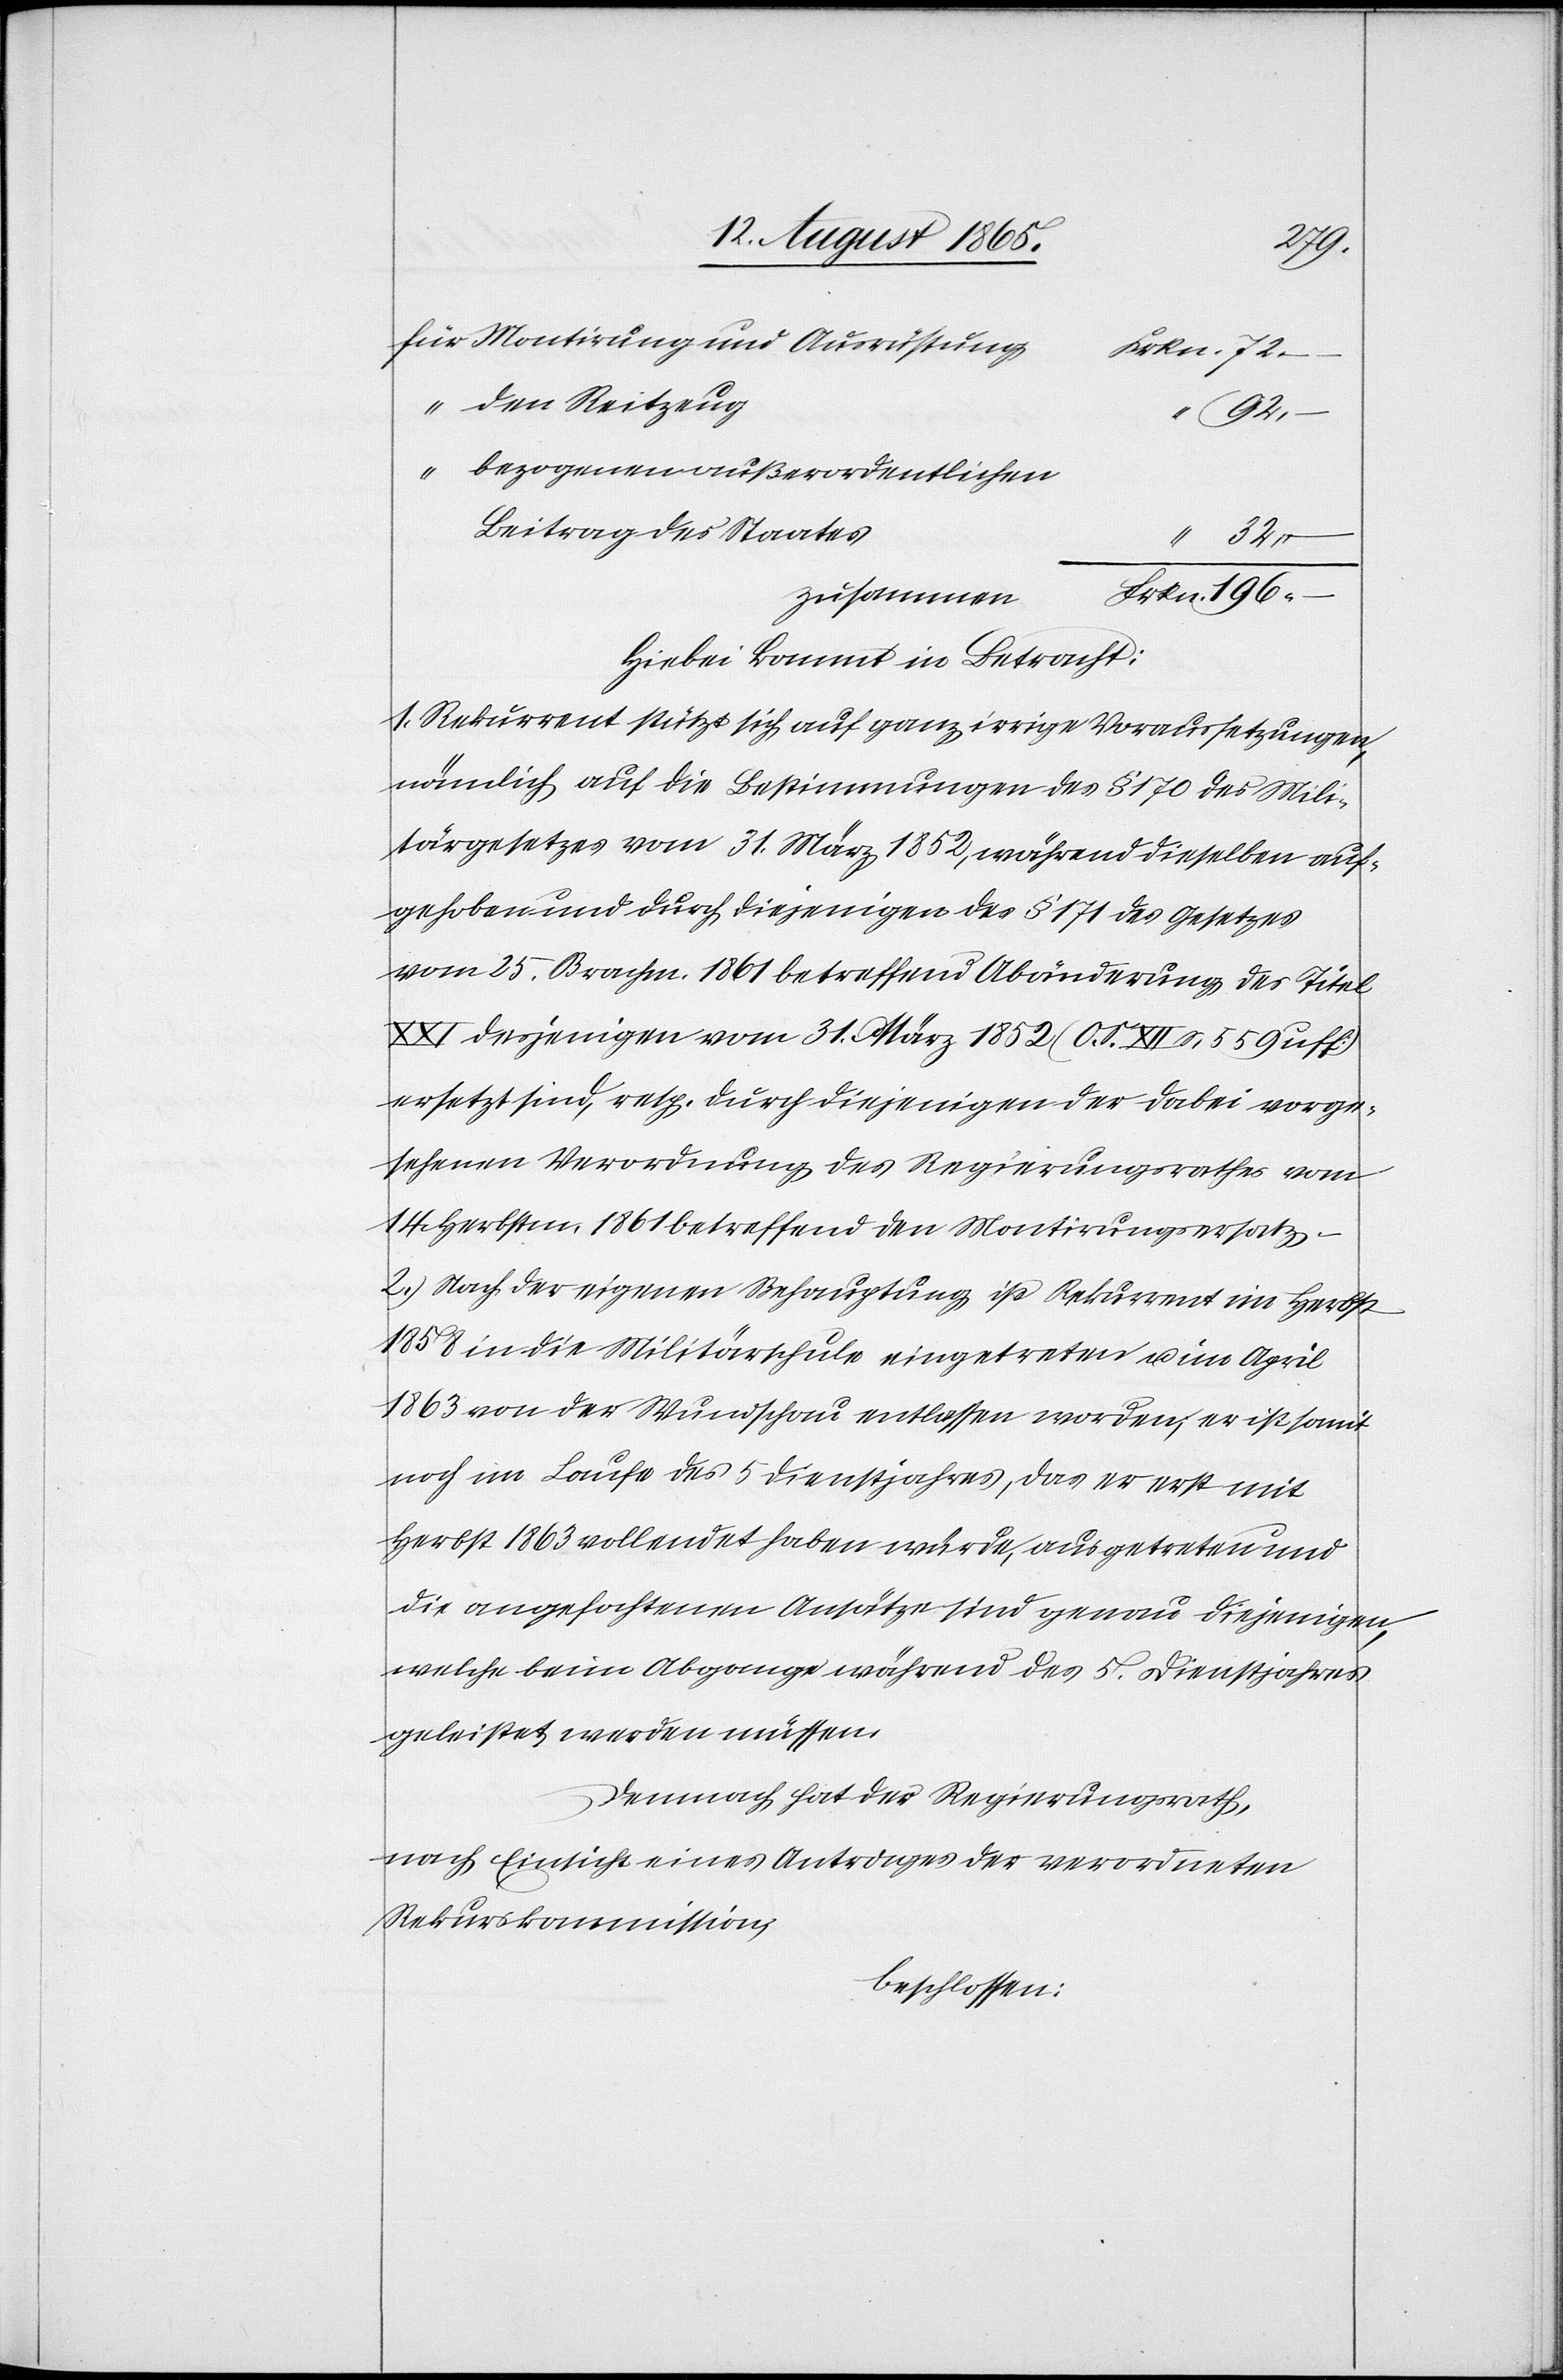
72.
Montirung und Ausrüstung
den Reitzeug
Frkn.
196.
bezogenen außerordentlichen
Beitrag des Staates
zusammen
Hiebei kommt in Betracht:
1. Rekurrent stützt sich auf ganz irrige Voraussetzungen,
nämlich auf die Bestimmungen des § 170 des Mili¬
tärgesetzes vom 31. März 1852, während dieselben auf¬
gehoben und durch diejenigen des § 171 des Gesetzes
vom 25. Brachm. 1861 betreffend Abänderung des Titel
XXI desjenigen vom 31. März 1852 (O. S. XII S. 559 uff)
ersetzt sind, resp. durch diejenigen der dabei vorge¬
sehenen Verordnung des Regierungsrathes vom
14. Herbstm. 1861 betreffend den Montirungsersatz.
2. Nach der eigenen Behauptung ist Rekurrent im Herbst
1858 in die Militärschule eingetreten u. im April
1863 von der Wundschau entlassen worden, er ist somit
noch im Laufe des 5 Dienstjahres, das er erst mit
Herbst 1863 vollendet haben würde, ausgetreten und
die angefochtenen Ansätze sind genau diejenigen,
welche beim Abgange während des 5. Dienstjahres
geleistet werden müssen.
Demnach hat der Regierungsrath,
nach Einsicht eines Antrages der verordneten
Rekurskommission,
beschlossen: